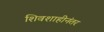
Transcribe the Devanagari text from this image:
शिवशाहीनंतर